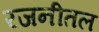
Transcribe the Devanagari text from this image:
रजनीतल